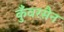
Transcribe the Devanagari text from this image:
कुँवरसैन